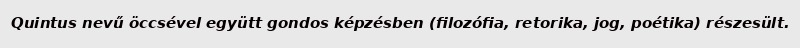
Quintus nevű öccsével együtt gondos képzésben (filozófia, retorika, jog, poétika) részesült.